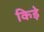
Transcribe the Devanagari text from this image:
किडे़